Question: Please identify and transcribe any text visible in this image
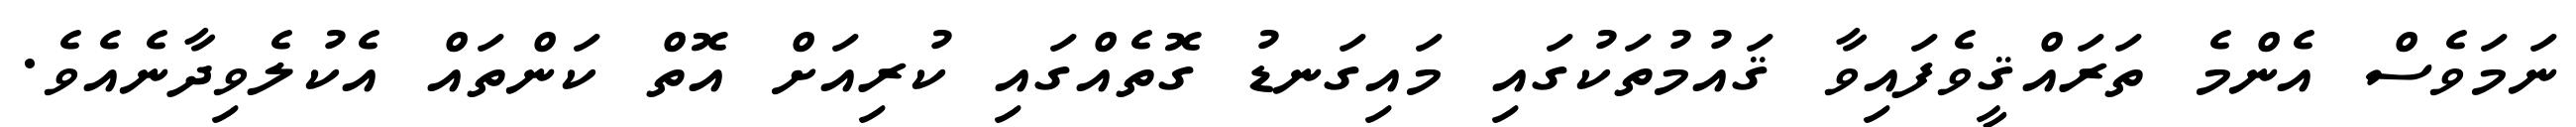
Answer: ނަމަވެސް އެންމެ ތަރައްޤީވެފައިވާ ޤައުމުތަކުގައި މައިގަނޑު ގޮތެއްގައި ކުރިއަށް އޮތް ކަންތައް އެކުލެވިދާނެއެވެ.